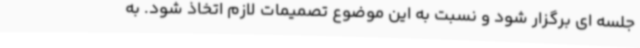
جلسه ای برگزار شود و نسبت به این موضوع تصمیمات لازم اتخاذ شود. به